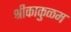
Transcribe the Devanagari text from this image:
श्रीकाकुळम